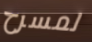
لمسرح